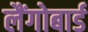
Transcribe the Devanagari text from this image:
लैंगोबार्ड